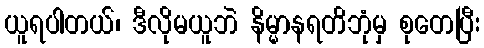
ယူရပါတယ်၊ ဒီလိုမယူဘဲ နိမ္မာနရတိဘုံမှ စုတေပြီး